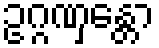
ဥဂ္ဂဏှန္တော